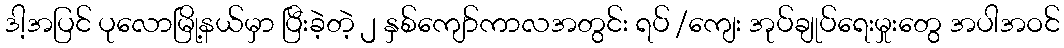
ဒါ့အပြင် ပုလောမြို့နယ်မှာ ပြီးခဲ့တဲ့ ၂ နှစ်ကျော်ကာလအတွင်း ရပ် /ကျေး အုပ်ချုပ်ရေးမှုးတွေ အပါအဝင်